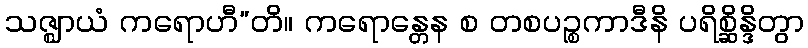
သဇ္ဈာယံ ကရောဟီ”တိ။ ကရောန္တေန စ တစပဉ္စကာဒီနိ ပရိစ္ဆိန္ဒိတွာ